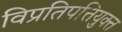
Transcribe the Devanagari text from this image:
विप्रतिपत्तियुक्त